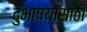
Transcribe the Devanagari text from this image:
दुभाष्यासाठी